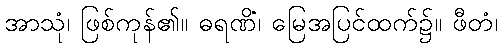
အာသုံ၊ ဖြစ်ကုန်၏။ ဓရဏိံ၊ မြေအပြင်ထက်၌။ ဖီတံ၊